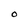
Character: O